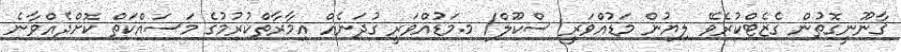
ޤާނޫނީގޮތުން ގެޒެޓްކުރެވޭ ލިޔުން މަޑުއްވަރީ ސްކޫލް/ މ.މަޑުއްވަރީ ގުދަނެއް އިމާރާތްކުރުމުގެ މަސައްކަތް ކޮށްދެއްވާނެ